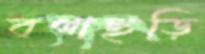
বগাছড়ি